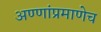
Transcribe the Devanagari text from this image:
अण्णांप्रमाणेच